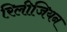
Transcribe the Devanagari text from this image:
रिलीजियन